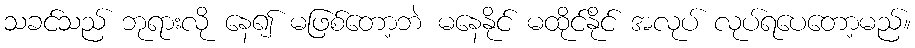
သခင်သည် ဘုရားလို နေ၍ မဖြစ်တော့ဘဲ မနေနိုင် မထိုင်နိုင် အလုပ် လုပ်ရပေတော့မည်။